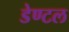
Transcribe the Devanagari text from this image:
डेण्टल